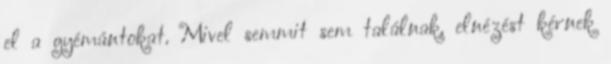
el a gyémántokat. Mivel semmit sem találnak, elnézést kérnek